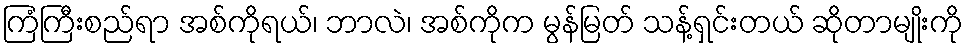
ကြံကြီးစည်ရာ အစ်ကိုရယ်၊ ဘာလဲ၊ အစ်ကိုက မွန်မြတ် သန့်ရှင်းတယ် ဆိုတာမျိုးကို